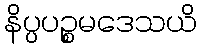
နိပ္ပပဉ္စမဒေသယိ